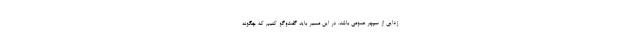
‌زدایی از سپهر عمومی باشد. در این مسیر باید گفت‌وگو کنیم که چگونه